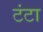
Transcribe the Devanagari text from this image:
टंटा